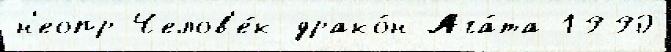
н'еопр Челов'е́к-драко́н Ага́та 1990